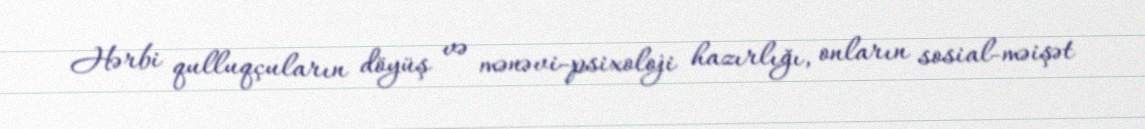
Hərbi qulluqçuların döyüş və mənəvi-psixoloji hazırlığı, onların sosial-məişət